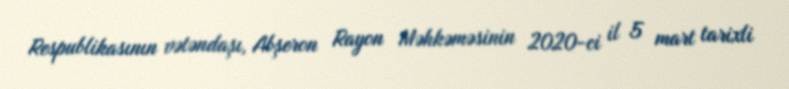
Respublikasının vətəndaşı, Abşeron Rayon Məhkəməsinin 2020-ci il 5 mart tarixli